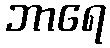
ဘာရေ